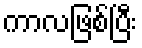
ကာလဖြစ်ပြီး